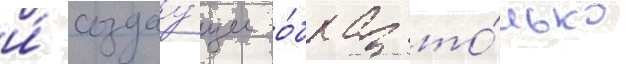
и́ создау́щее о́браз то́лько